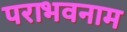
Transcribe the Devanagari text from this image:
पराभवनाम